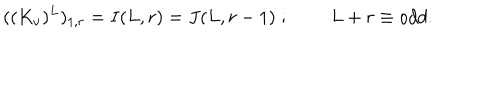
LaTeX: ( ( K _ { \nu } ) ^ { L } ) _ { 1 , r } = I ( L , r ) = J ( L , r - 1 ) \; ; \; \; L + r \equiv o d d .